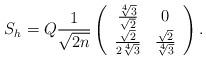
LaTeX: \begin{align*}S_h = Q \frac{1}{\sqrt{2n}}\left(\begin{array}{c c}\frac{\sqrt[4]{3}}{\sqrt{2}} & 0\\\frac{\sqrt{2}}{2 \sqrt[4]{3}} & \frac{\sqrt{2}}{\sqrt[4]{3}}\end{array}\right).\end{align*}